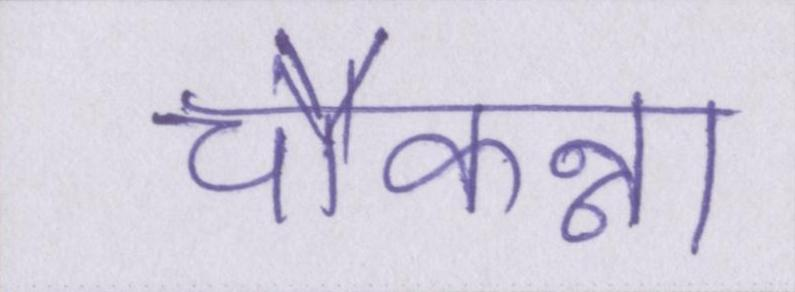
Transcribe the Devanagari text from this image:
चौकन्ना